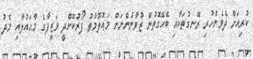
ކުރިއަށް ދެވެންހުރި ރޮނގުތަކާއި ބެހޭގޮތުން ޒުވާނުންނަށް މަޢުލޫމާތު ފޯރުކޮށްދީ ވަޒީފާގެ މާޙައުލާއި މެދު